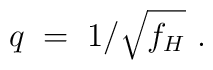
q \;=\; 1 \big/ \sqrt{f_H} ~.